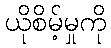
ယိုစိမ့်မှုကို